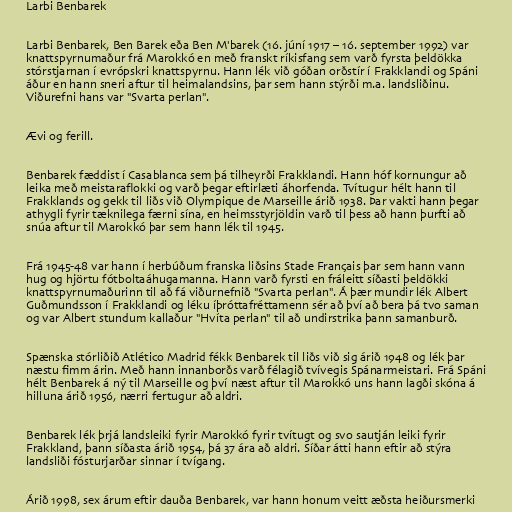
Larbi Benbarek

Larbi Benbarek, Ben Barek eða Ben M'barek (16. júní 1917 – 16. september 1992) var
knattspyrnumaður frá Marokkó en með franskt ríkisfang sem varð fyrsta þeldökka
stórstjarnan í evrópskri knattspyrnu. Hann lék við góðan orðstír í Frakklandi og Spáni
áður en hann sneri aftur til heimalandsins, þar sem hann stýrði m.a. landsliðinu.
Viðurefni hans var "Svarta perlan".

Ævi og ferill.

Benbarek fæddist í Casablanca sem þá tilheyrði Frakklandi. Hann hóf kornungur að
leika með meistaraflokki og varð þegar eftirlæti áhorfenda. Tvítugur hélt hann til
Frakklands og gekk til liðs við Olympique de Marseille árið 1938. Þar vakti hann þegar
athygli fyrir tæknilega færni sína, en heimsstyrjöldin varð til þess að hann þurfti að
snúa aftur til Marokkó þar sem hann lék til 1945.

Frá 1945-48 var hann í herbúðum franska liðsins Stade Français þar sem hann vann
hug og hjörtu fótboltaáhugamanna. Hann varð fyrsti en fráleitt síðasti þeldökki
knattspyrnumaðurinn til að fá viðurnefnið "Svarta perlan". Á þær mundir lék Albert
Guðmundsson í Frakklandi og léku íþróttafréttamenn sér að því að bera þá tvo saman
og var Albert stundum kallaður "Hvíta perlan" til að undirstrika þann samanburð.

Spænska stórliðið Atlético Madrid fékk Benbarek til liðs við sig árið 1948 og lék þar
næstu fimm árin. Með hann innanborðs varð félagið tvívegis Spánarmeistari. Frá Spáni
hélt Benbarek á ný til Marseille og því næst aftur til Marokkó uns hann lagði skóna á
hilluna árið 1956, nærri fertugur að aldri.

Benbarek lék þrjá landsleiki fyrir Marokkó fyrir tvítugt og svo sautján leiki fyrir
Frakkland, þann síðasta árið 1954, þá 37 ára að aldri. Síðar átti hann eftir að stýra
landsliði fósturjarðar sinnar í tvígang.

Árið 1998, sex árum eftir dauða Benbarek, var hann honum veitt æðsta heiðursmerki